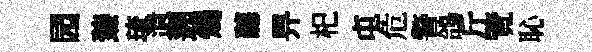
园臻琉遺遡燭聽畀𣏌屯危警鴿斤覽恥